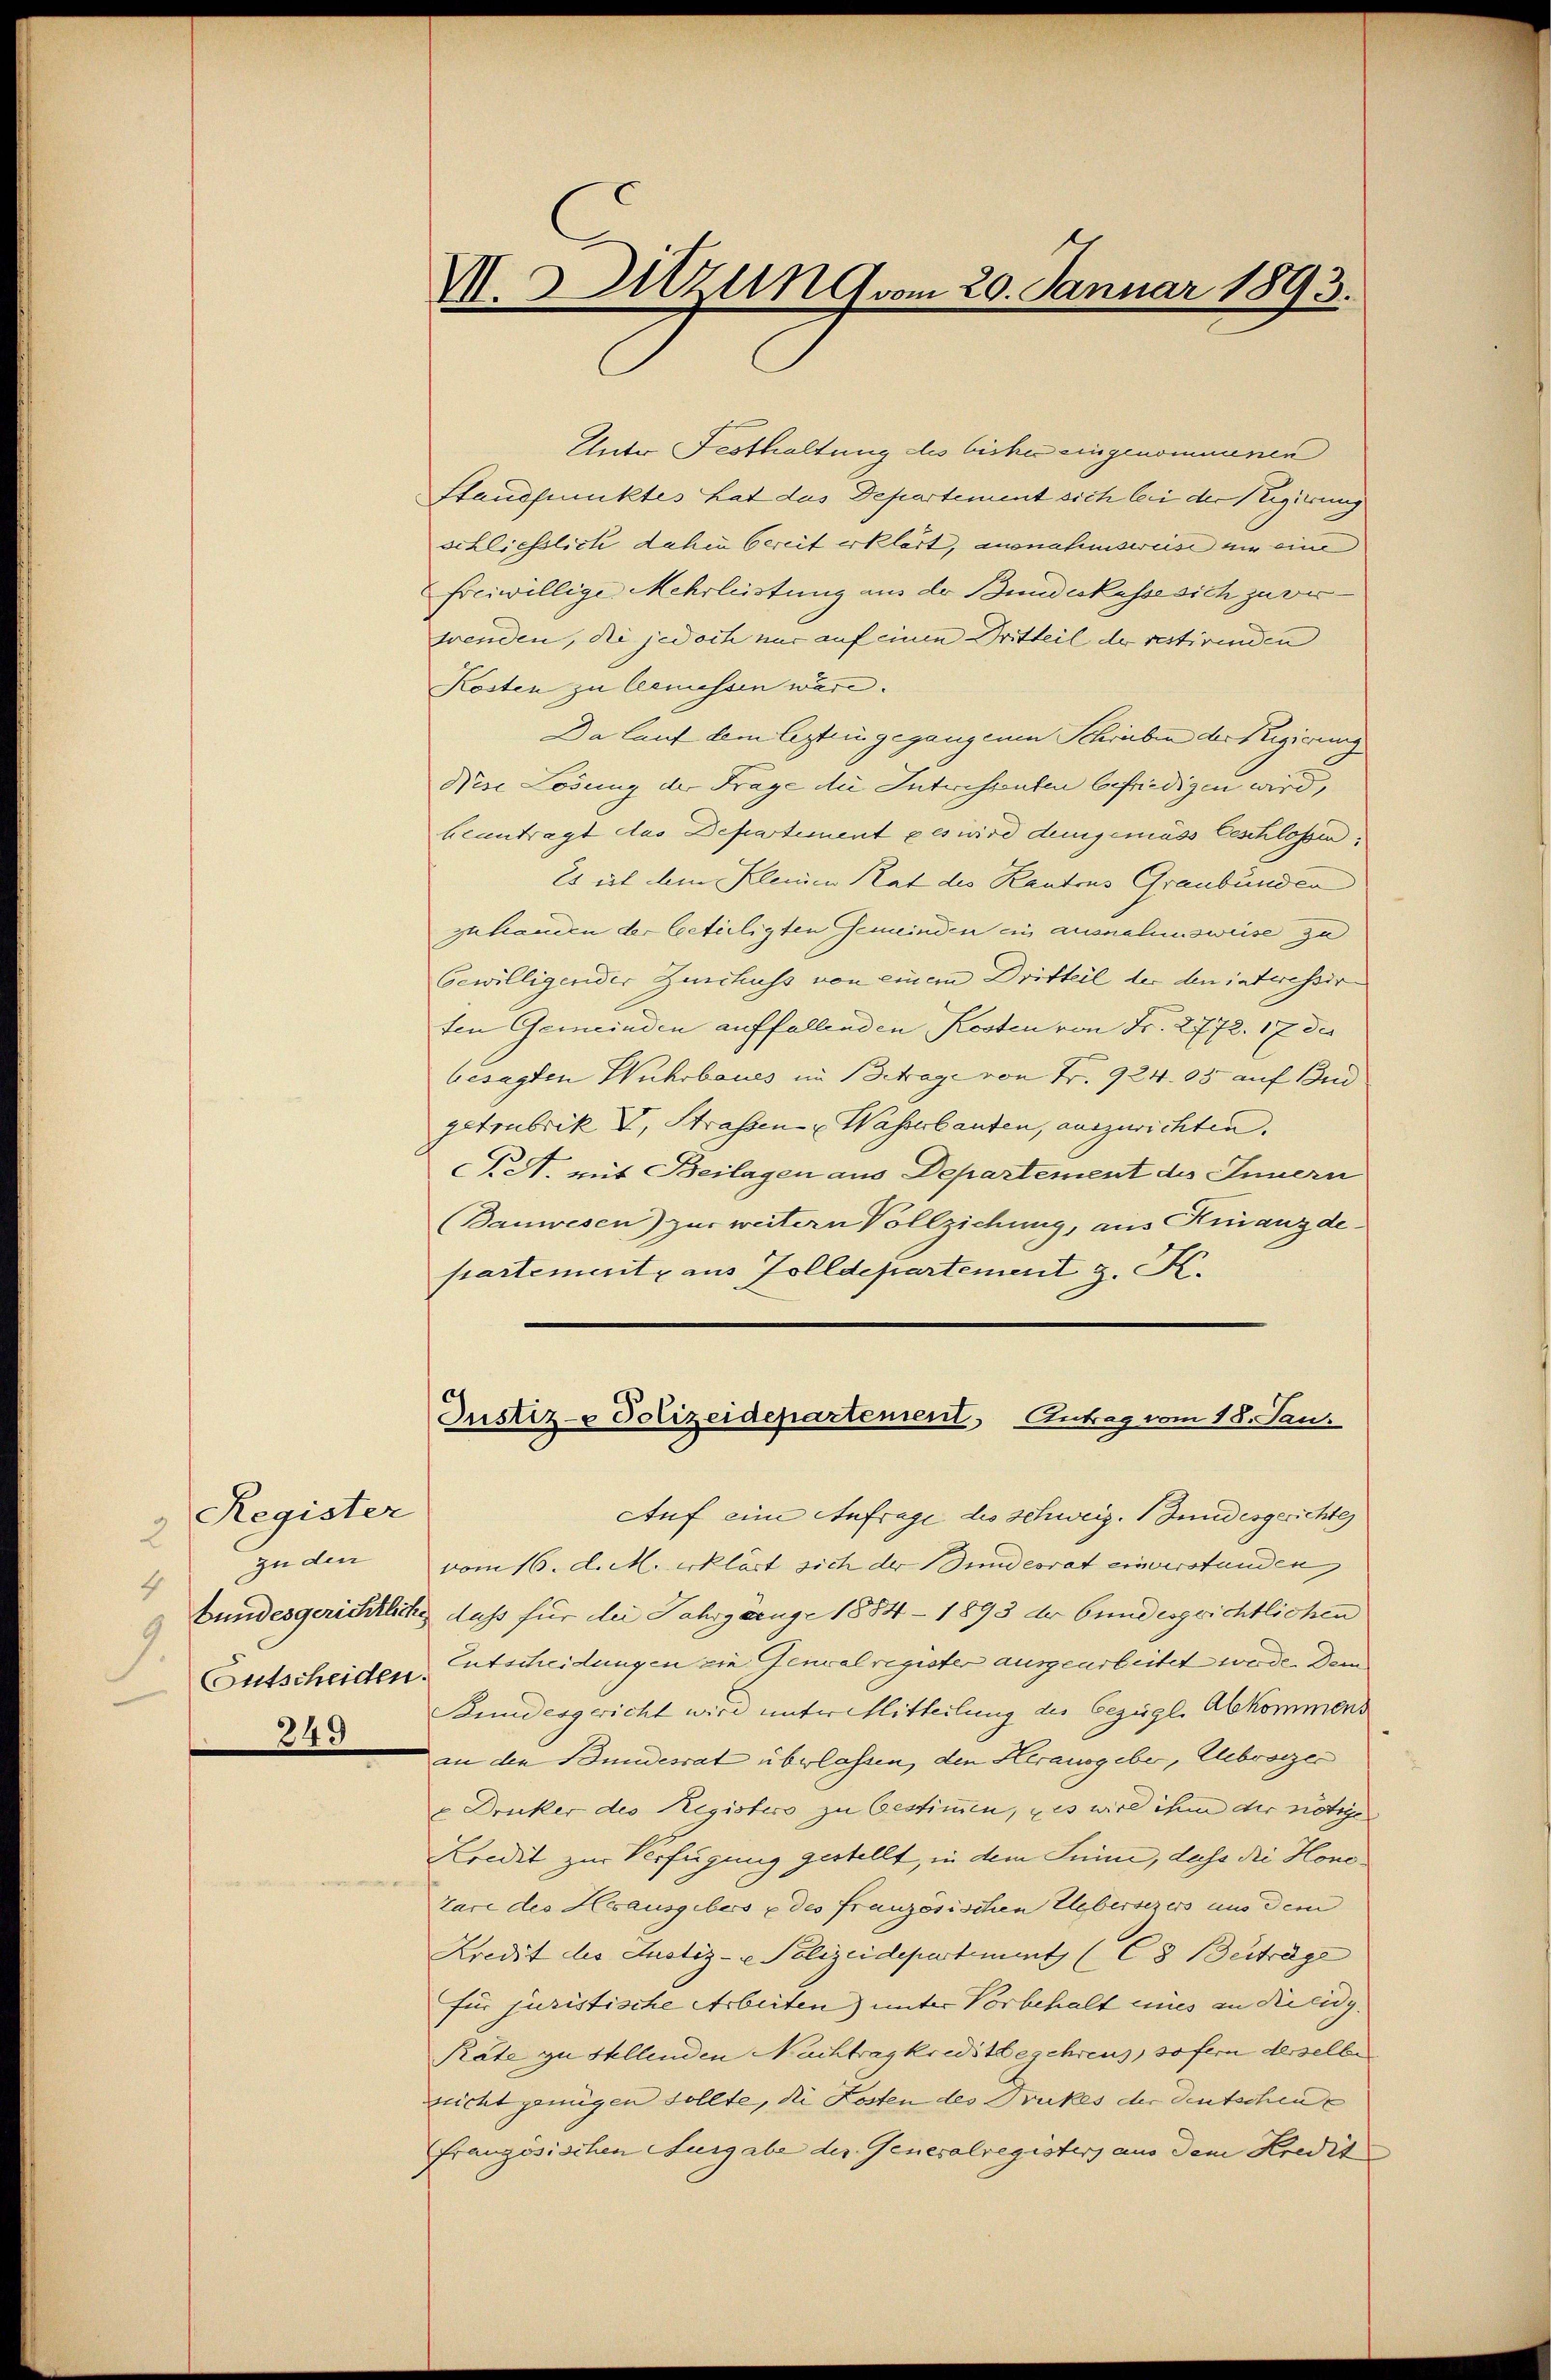
Register
2
zu den
1
9.
249

M. Sitzung vom 20. Januar 1893.

Unto Festhaltung des bisher eingenommenen
Standpunktes hat das Departement sich bei der Regierung
schliesslich dahin bereit erklärt, ausnahmsweise um eine
freiwillige Mehrleistung aus der Bundeskasse sich zu verwenden, die jedoch nur auf einen Dritteil der restirenden
Kosten zu bemessen wäre.
Da lauf dem lezteingegangenen Schriben der Regierung
Nise Lösung der Frage die Interessenten befriedigen wird,
beantragt das Departement es wird demgemäss beschlossen.
Es ist dem Kleinen Rat des Kantons Graubünden
gehanden der beteiligten Gemeinden ein ausnahmsweise zu
bewilligender Zuschuss von einem Dritteil der den interessir
ten Gemeinden auffallenden Kosten von Fr. 2772. 17 des
besagten Wuhrbaues im Betrage von Fr. 924.05 auf Bud
getrubrik E. Strassen Wasserbanden, auszurichten. |
C. St. mit Beilagen aus Departement des Innern
(Bauwesen) zur weitern Vollziehung, aus Kinanzde
partemente aus Zolldepartement z. K.
Justiz- Polizeidepartement Antrag vom 18. Jan.
Auf eine Anfrage des Schweiz. Bundesgerichtes
vom 16. d. M. erklärt sich der Bundesrat einerstanden
Bundesgerichtliche dass für die Jahrgänge 1884 – 1893 der bundesgrichtlichen
Entscheiden. Entscheidungen die Generalregister ausgearbeitet werde. Dem
Bundesgericht wird unter Mitteilung des bezügl. Abkommens
an den Bundesrat überlassen, den Herausgeber, Gebreizer
u Drucker des Registers zu bestimmen, es wird ihm der nötige
Kredit zur Verfügung gestellt, in dem Seine, dass die Honotare des Hausgebes u des französischen Uebersezers aus dem
Kredit des Justiz- & Polizeidepartement (C8 Beiträge
für juristische Arbeiten) unter Vorbehalt eines in Kreidg.
Rate zu stellenden Nachtrag kreditbegehrens, sofern desselbe
nicht genügen sollte, die Kosten des Druckes der Deutschenfranzösischen Ausgabe der Generalregisters aus dem Kredit